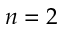
n = 2